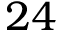
2 4